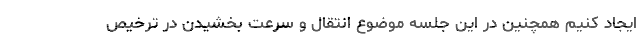
ایجاد کنیم همچنین در این جلسه موضوع انتقال و سرعت بخشیدن در ترخیص